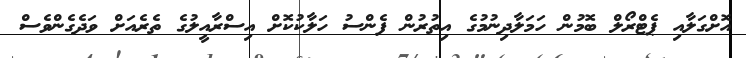
އޮށްގަލާއި ޕެޓްރޯލް ބޮމުން ހަމަލާދިނުމުގެ އިތުރުން ފެންސު ހަލާކުކޮށް އިސްރާއީލުގެ ތެރެއަށް ވަދެގެންވެސް